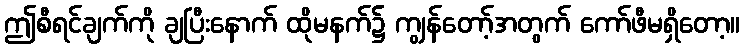
ဤစီရင်ချက်ကို ချပြီးနောက် ထိုမနက်၌ ကျွန်တော့်အတွက် ကော်ဖီမရှိတော့။